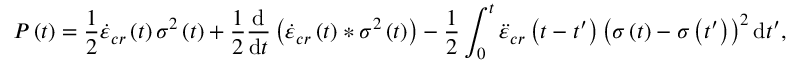
P \left( t \right) = \frac { 1 } { 2 } \dot { \varepsilon } _ { c r } \left( t \right) \sigma ^ { 2 } \left( t \right) + \frac { 1 } { 2 } \frac { \mathrm { d } } { \mathrm { d } t } \left( \dot { \varepsilon } _ { c r } \left( t \right) \ast \sigma ^ { 2 } \left( t \right) \right) - \frac { 1 } { 2 } \int _ { 0 } ^ { t } \ddot { \varepsilon } _ { c r } \left( t - t ^ { \prime } \right) \left( \sigma \left( t \right) - \sigma \left( t ^ { \prime } \right) \right) ^ { 2 } \mathrm { d } t ^ { \prime } ,